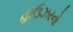
હાઉઝરનો